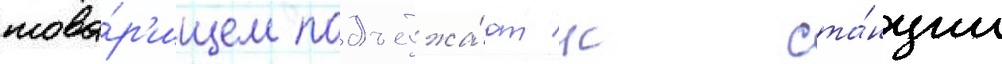
това́р'ищем подъезжа́ют к ста́нции